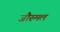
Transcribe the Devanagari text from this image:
जौरुमल